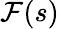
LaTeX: \mathcal{F}(s)